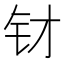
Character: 𲇭